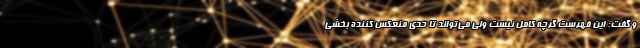
و گفت: این فهرست گرچه کامل نیست ولی می­‌تواند تا حدی منعکس کننده بخشی